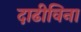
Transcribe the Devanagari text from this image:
दाढीविना